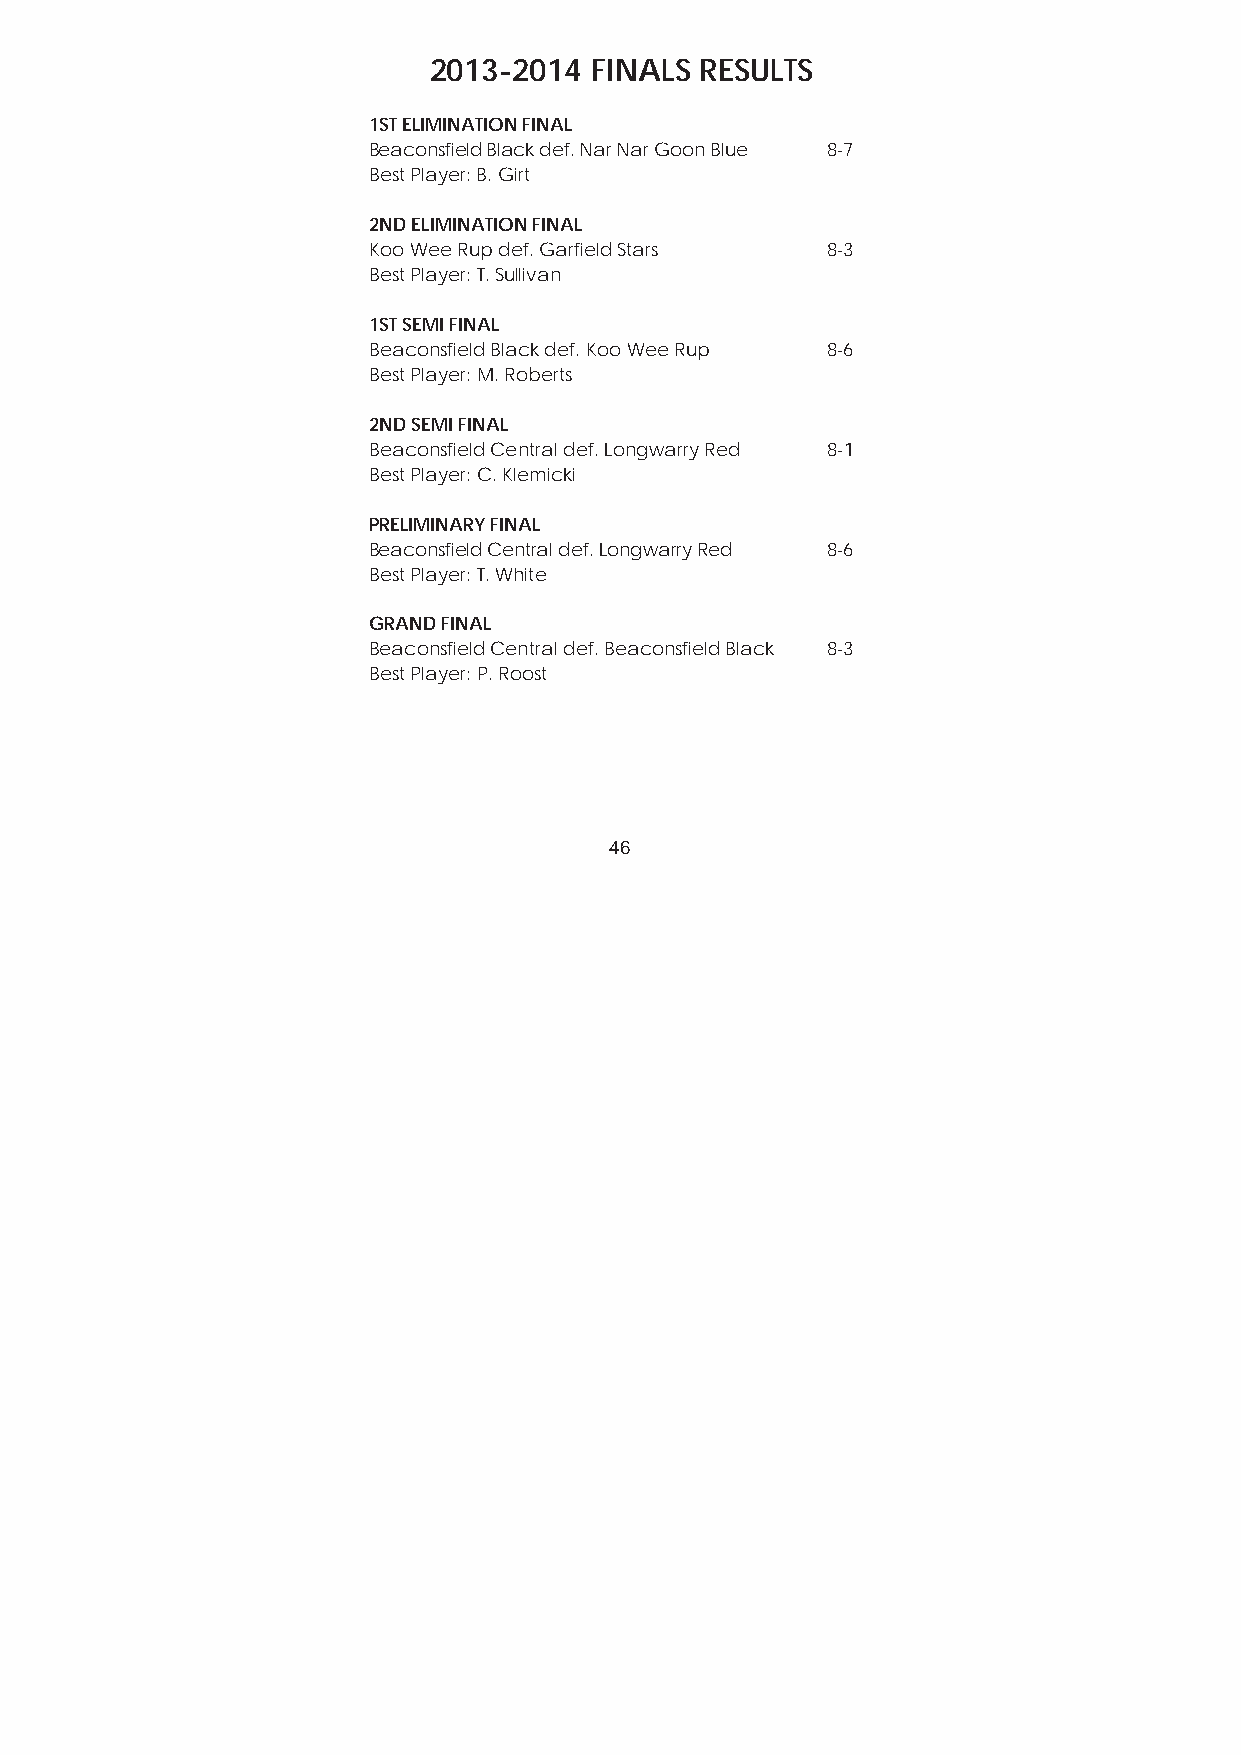
2013-2014  FINALS RESULTS
 1ST ELIMINATION FINAL
 Beaconsfield Black def. Nar Nar Goon Blue 8-7
 Best Player: B. Girt
 2ND ELIMINATION FINAL
 Koo Wee Rup def. Garfield Stars 8-3
 Best Player: T. Sullivan
 1ST SEMI FINAL
 Beaconsfield Black def. Koo Wee Rup 8-6
 Best Player: M. Roberts
 2ND SEMI FINAL
 Beaconsfield Central def. Longwarry Red 8-1
 Best Player: C. Klemicki
 PRELIMINARY FINAL
 Beaconsfield Central def. Longwarry Red 8-6
 Best Player: T. White
 GRAND FINAL
 Beaconsfield Central def. Beaconsfield Black 8-3
 Best Player: P. Roost
 46